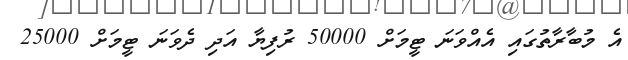
އެ މުބާރާތުގައި އެއްވަނަ ޓީމަށް 50000 ރުފިޔާ އަދި ދެވަނަ ޓީމަށް 25000